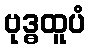
ဗုဒ္ဓထူပံ